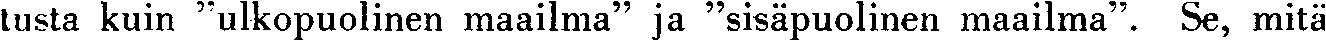
tusta kuin ''ulkopuolinen maailma'' ja ''sisäpuolinen maailma''. Se, mitä